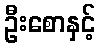
ဦးစောနှင့်